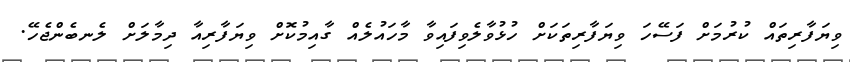
ވިޔަފާރިތައް ކުރުމަށް ފަސޭހަ ވިޔަފާރިތަކަށް ހުޅުވާލެވިފައިވާ މާހައުލެއް ގާއިމުކޮށް ވިޔަފާރިއާ ދިމާލަށް ލެނބެންޖެހޭ.